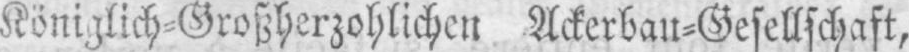
Königlich⸗Großherzohlichen Ackerbau⸗Gesellschaft,